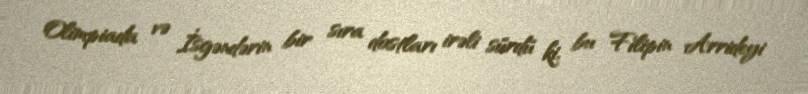
Olimpiada və İsgəndərin bir sıra dostları irəli sürdü ki, bu Filipin Arrideyi